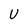
Character: U